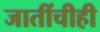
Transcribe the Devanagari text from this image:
जातींचीही